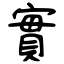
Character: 實